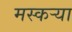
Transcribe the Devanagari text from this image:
मस्कऱ्या